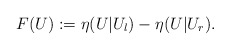
\begin{align*}F(U):=\eta(U|U_l)-\eta(U|U_r).\end{align*}